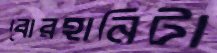
বোরহানিটা